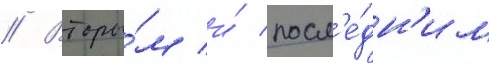
// Вторы́м и́ посл'е́дн'им